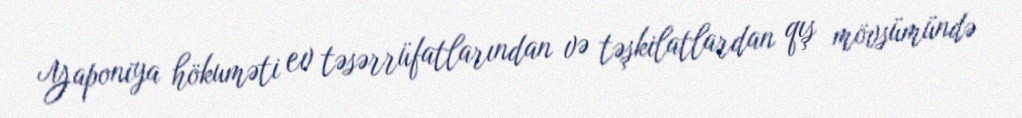
Yaponiya hökuməti ev təsərrüfatlarından və təşkilatlardan qış mövsümündə